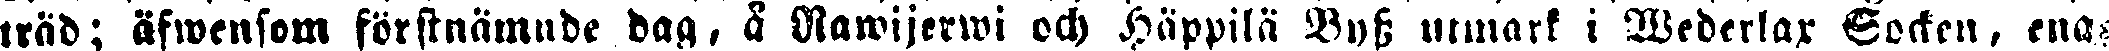
träd; äfwensom förstnämnde dag, å Nawijerwi och Häppilä Byss utmark i Wederlax Socken, ena